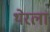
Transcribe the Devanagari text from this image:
थेरला